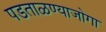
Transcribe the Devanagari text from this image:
पडताळण्याजोगा